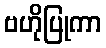
ဗဟိုပြုကာ